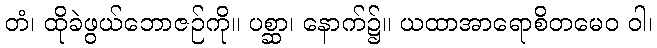
တံ၊ ထိုခဲဖွယ်ဘောဇဉ်ကို။ ပစ္ဆာ၊ နောက်၌။ ယထာအာရောစိတမေဝ ဝါ၊